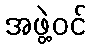
အဖွဲ့ဝင်